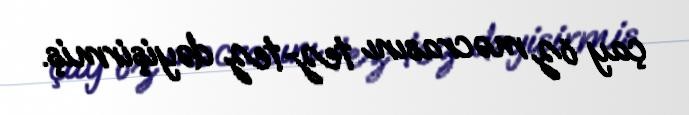
çay öz məcrasını tez-tez dəyişirmiş.